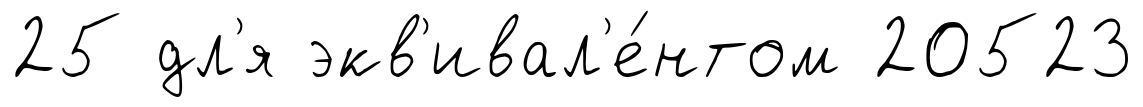
25 дл'я экв'ивал'е́нтом 20523